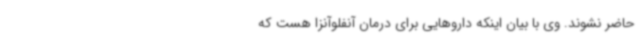
حاضر نشوند. وی با بیان اینکه داروهایی برای درمان آنفلوآنزا هست که